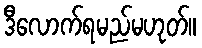
ဒီလောက်ရမည်မဟုတ်။